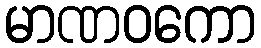
မာဏဝကော